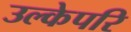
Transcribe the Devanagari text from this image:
उल्केपरि